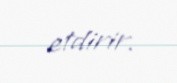
etdirir.